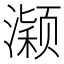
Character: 𱩂